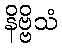
နိဗ္ဗိသံ